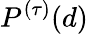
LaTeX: P^{(\tau)}(d)